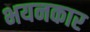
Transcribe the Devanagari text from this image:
भयनकार